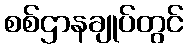
စစ်ဌာနချုပ်တွင်